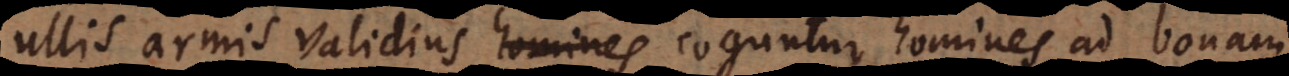
ullis armis validius homines coguntur homines ad bonam